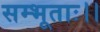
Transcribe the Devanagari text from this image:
सम्भूताः।।